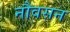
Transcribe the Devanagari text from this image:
नौवसन